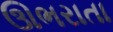
ઊભરાતા